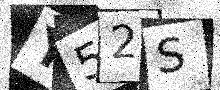
Text: Y52S